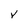
Character: v